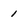
Character: 1